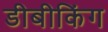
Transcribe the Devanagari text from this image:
डीबीकिंग